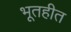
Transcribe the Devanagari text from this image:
भूतहीत